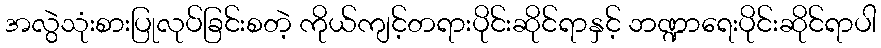
အလွဲသုံးစားပြုလုပ်ခြင်းစတဲ့ ကိုယ်ကျင့်တရားပိုင်းဆိုင်ရာနှင့် ဘဏ္ဍာရေးပိုင်းဆိုင်ရာပါ